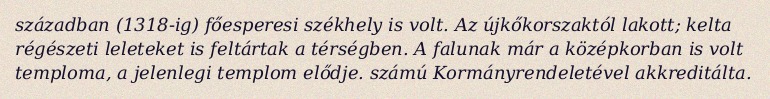
században (1318-ig) főesperesi székhely is volt. Az újkőkorszaktól lakott; kelta régészeti leleteket is feltártak a térségben. A falunak már a középkorban is volt temploma, a jelenlegi templom elődje. számú Kormányrendeletével akkreditálta.